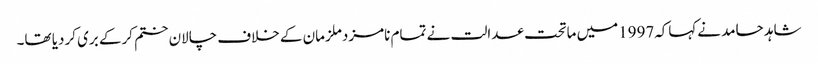
شاہد حامد نےکہاکہ1997میں ماتحت عدالت نے تمام نامزدملزمان کے خلاف چالان ختم کرکے بری کردیا تھا۔